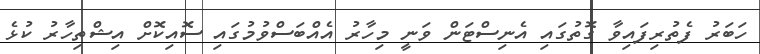
ހަބަރު ފެތުރިފައިވާ ގޮތުގައި އެނިސްޓަން ވަނީ މިހާރު އެއްބަސްވުމުގައި ސޮއިކޮށް އިޝްތިހާރު ކުޅެ